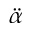
\ddot { \alpha }